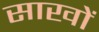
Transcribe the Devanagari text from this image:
साखों